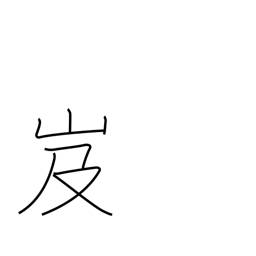
Meaning: dangerous